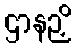
ဌာနဉှိ